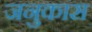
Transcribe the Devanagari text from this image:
जनुकास